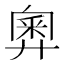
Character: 𢍢